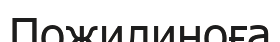
Пожилиноға